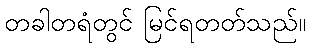
တခါတရံတွင် မြင်ရတတ်သည်။